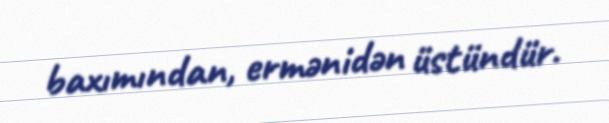
baxımından, ermənidən üstündür.